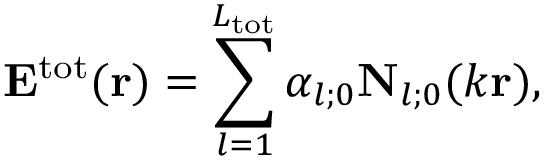
{ \bf E } ^ { \mathrm { t o t } } ( { \bf r } ) = \sum _ { l = 1 } ^ { L _ { \mathrm { t o t } } } \alpha _ { l ; 0 } { \bf N } _ { l ; 0 } ( k { \bf r } ) ,